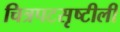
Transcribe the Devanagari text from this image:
चित्रपटसृष्टीली